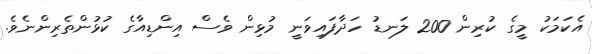
އެކަމަކު މީގެ ކުރިން 200 ލަނޑު ހަދާފައިވަނީ މުޅިން ވެސް އިންޑިއާގެ ކުޅުންތެރިންނެވެ.